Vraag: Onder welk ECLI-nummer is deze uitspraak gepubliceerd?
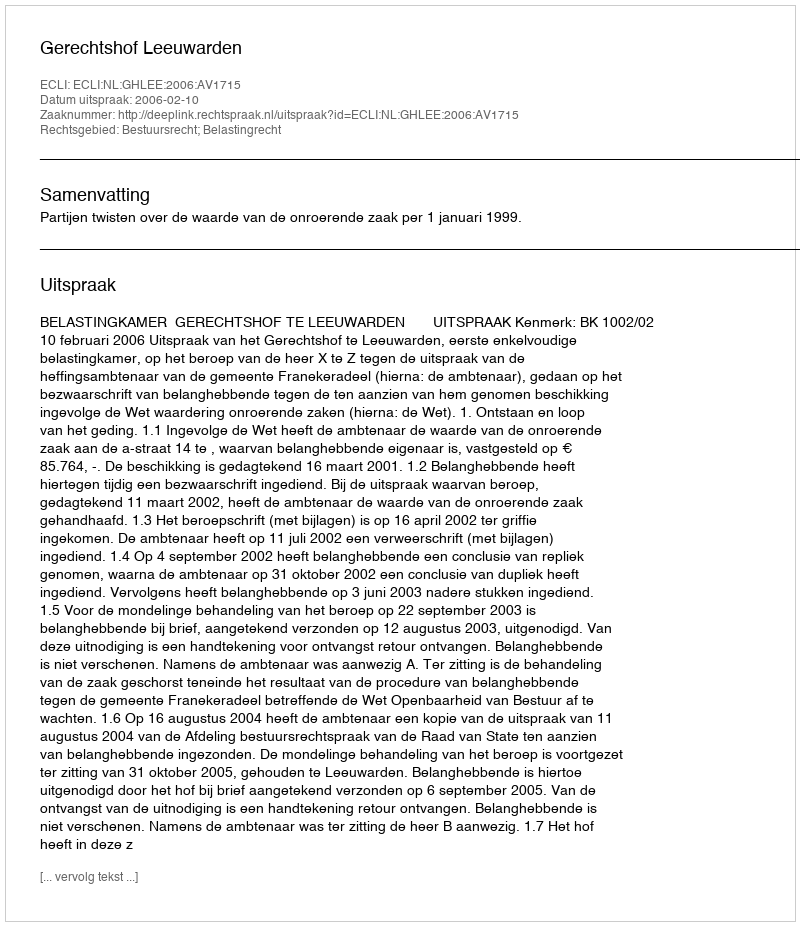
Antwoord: ECLI:NL:GHLEE:2006:AV1715